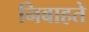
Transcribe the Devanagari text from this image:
निबाहते